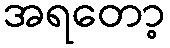
အရတော့